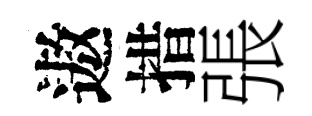
遨措張